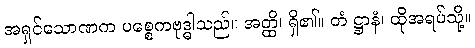
အရှင်သောဏက ပစ္စေကဗုဒ္ဓါသည်။ အတ္ထိ၊ ရှိ၏။ တံ ဋ္ဌာနံ၊ ထိုအရပ်သို့။